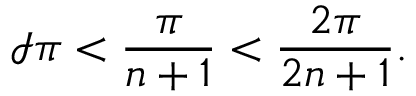
\mathcal { I } \pi < \frac { \pi } { n + 1 } < \frac { 2 \pi } { 2 n + 1 } .